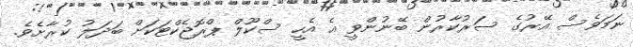
ނަމަވެސް އޭރުގެ ސަރުކާރުން ބޭނުންވީ އެ އެހީ ސްކޫލް ޕްރޮޖެކްޓަކަށް ބަދަލު ކުރާށެވެ.